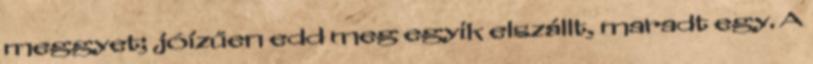
meggyet; jóízűen edd meg egyik elszállt, maradt egy. A